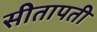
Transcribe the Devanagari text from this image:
सीतापती